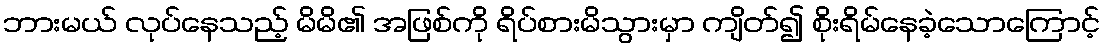
ဘားမယ် လုပ်နေသည့် မိမိ၏ အဖြစ်ကို ရိပ်စားမိသွားမှာ ကျိတ်၍ စိုးရိမ်နေခဲ့သောကြောင့်